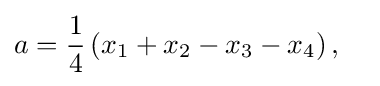
a={\frac {1}{4}}\left(x_{1}+x_{2}-x_{3}-x_{4}\right),\quad